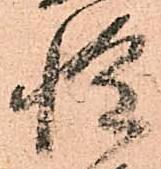
惶